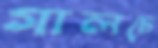
গালচে